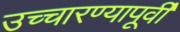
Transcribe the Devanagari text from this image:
उच्चारण्यापूर्वी